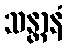
သန္တာနံ